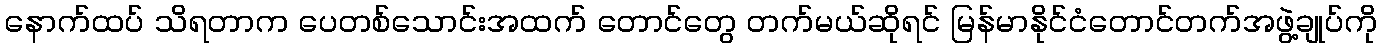
နောက်ထပ် သိရတာက ပေတစ်သောင်းအထက် တောင်တွေ တက်မယ်ဆိုရင် မြန်မာနိုင်ငံတောင်တက်အဖွဲ့ချုပ်ကို